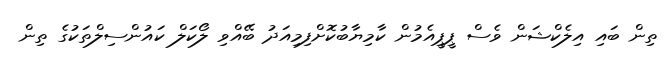
ތިން ބައި އިލެކްޝަން ވެސް ޕީޕީއެމުން ކާމިޔާބުކޮށްފިމިއަދު ބޭއްވި ލޯކަލް ކައުންސިލްތަކުގެ ތިން